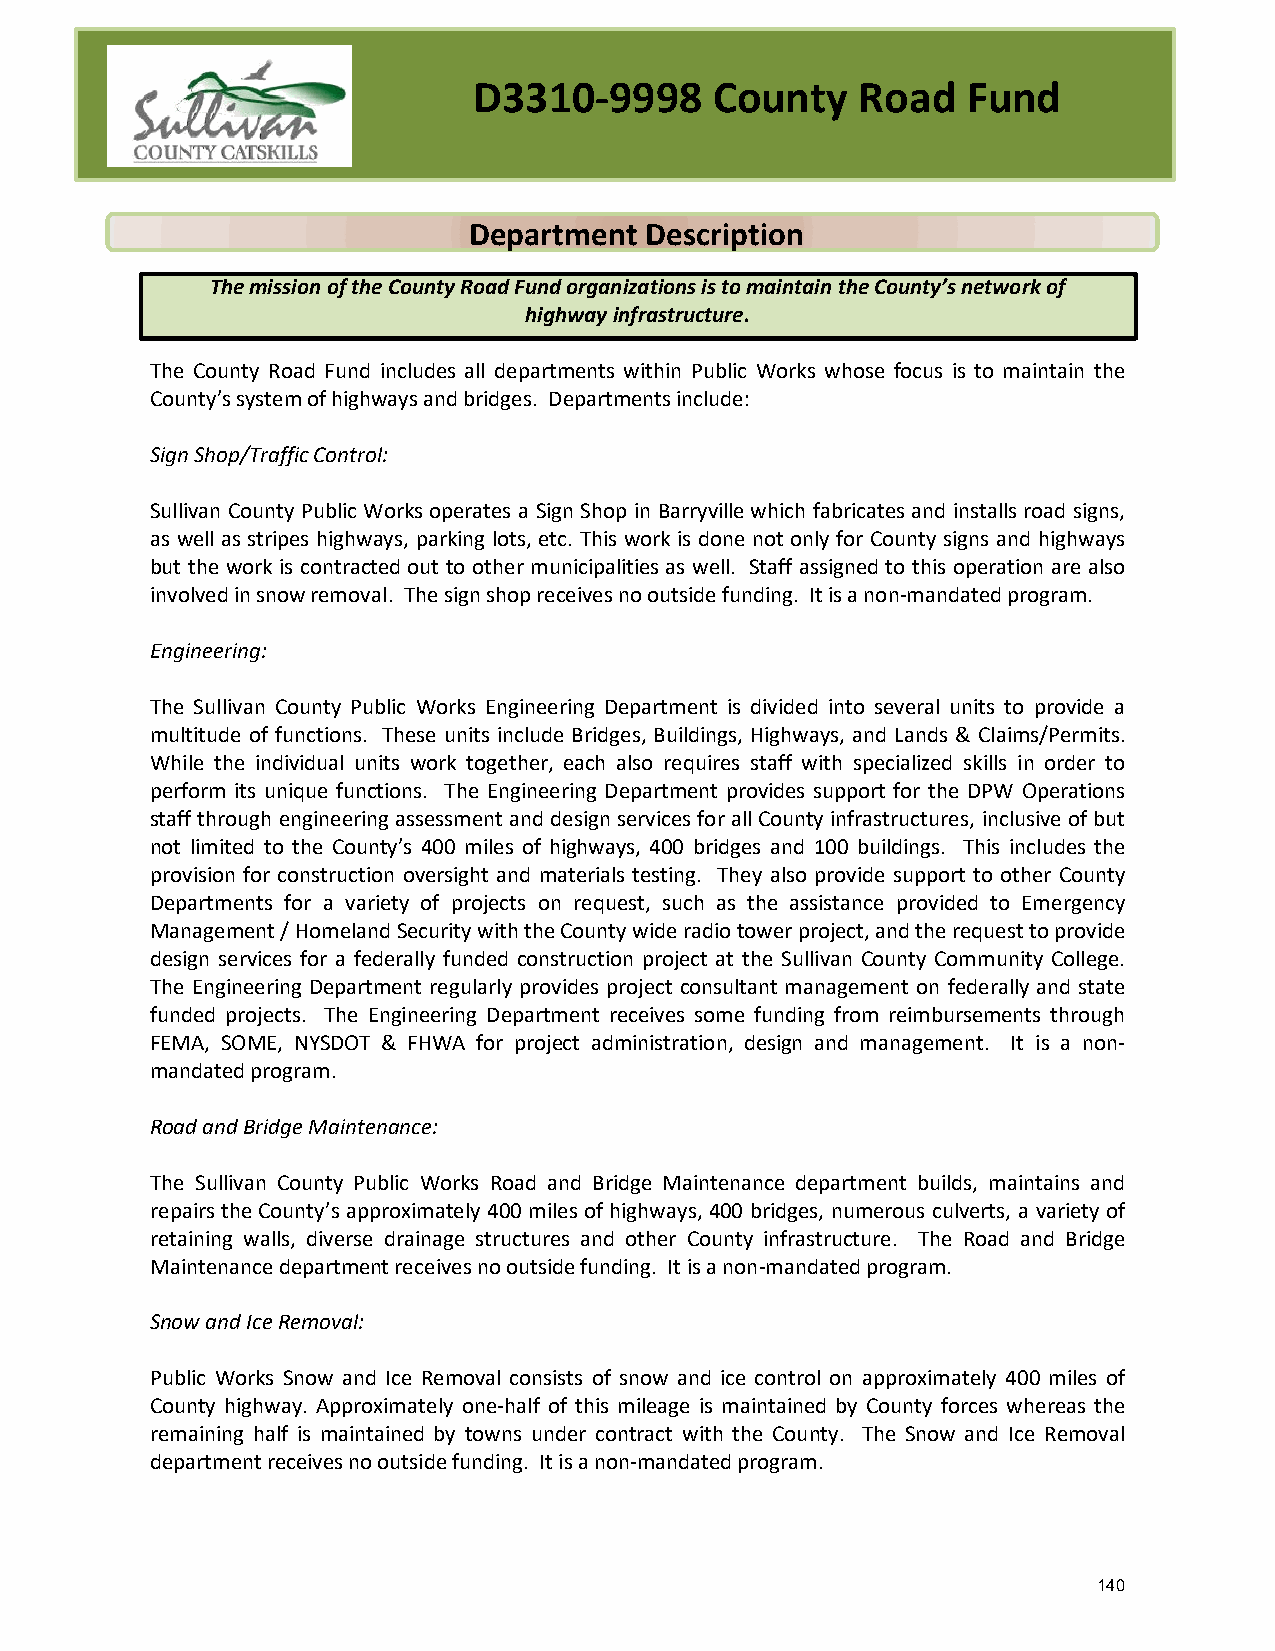
D3310-9998      County    Road   Fund
 Department  Description
 The mission of the County Road Fund organizations is to maintain the County’s network of
 highway infrastructure.
 The County Road Fund includes all departments within Public Works whose focus is to maintain the
 County’s system of highways and bridges. Departments include:
 Sign Shop/Traffic Control:
 Sullivan County Public Works operates a Sign Shop in Barryville which fabricates and installs road signs,
 as well as stripes highways, parking lots, etc. This work is done not only for County signs and highways
 but the work is contracted out to other municipalities as well. Staff assigned to this operation are also
 involved in snow removal. The sign shop receives no outside funding. It is a non-mandated program.
 Engineering:
 The Sullivan County Public Works Engineering Department is divided into several units to provide a
 multitude of functions. These units include Bridges, Buildings, Highways, and Lands & Claims/Permits.
 While the individual units work together, each also requires staff with specialized skills in order to
 perform its unique functions. The Engineering Department provides support for the DPW Operations
 staff through engineering assessment and design services for all County infrastructures, inclusive of but
 not limited to the County’s 400 miles of highways, 400 bridges and 100 buildings. This includes the
 provision for construction oversight and materials testing. They also provide support to other County
 Departments for a variety of projects on request, such as the assistance provided to Emergency
 Management / Homeland Security with the County wide radio tower project, and the request to provide
 design services for a federally funded construction project at the Sullivan County Community College.
 The Engineering Department regularly provides project consultant management on federally and state
 funded projects. The Engineering Department receives some funding from reimbursements through
 FEMA, SOME, NYSDOT & FHWA for project administration, design and management. It is a non-
 mandated program.
 Road and Bridge Maintenance:
 The Sullivan County Public Works Road and Bridge Maintenance department builds, maintains and
 repairs the County’s approximately 400 miles of highways, 400 bridges, numerous culverts, a variety of
 retaining walls, diverse drainage structures and other County infrastructure. The Road and Bridge
 Maintenance department receives no outside funding. It is a non-mandated program.
 Snow and Ice Removal:
 Public Works Snow and Ice Removal consists of snow and ice control on approximately 400 miles of
 County highway. Approximately one-half of this mileage is maintained by County forces whereas the
 remaining half is maintained by towns under contract with the County. The Snow and Ice Removal
 department receives no outside funding. It is a non-mandated program.
 140